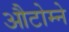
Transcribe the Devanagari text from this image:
औटोम्ने